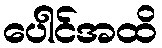
ပေါင်အထိ